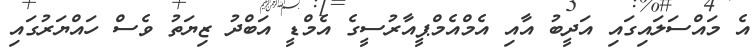
އެ މައްސަލައިގައި އަދީބު އާއި އެމްއެމްޕީއާރުސީގެ އެމްޑީ އަބްދު ޒިޔަތު ވެސް ހައްޔަރުގައި